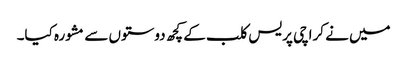
میں نے کراچی پریس کلب کے کچھ دوستوں سے مشورہ کیا۔